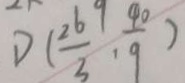
D ( \frac { 2 6 9 } { 3 } , \frac { 4 0 } { 9 } )